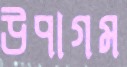
উপাগম